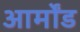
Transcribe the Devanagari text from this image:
आर्मोंड